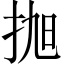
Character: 𢬐